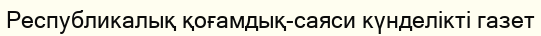
Республикалық қоғамдық-саяси күнделікті газет